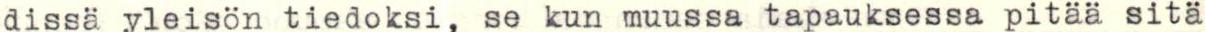
dissä yleisön tiedoksi, se kun muussa tapauksessa pitää sitä